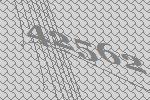
42562